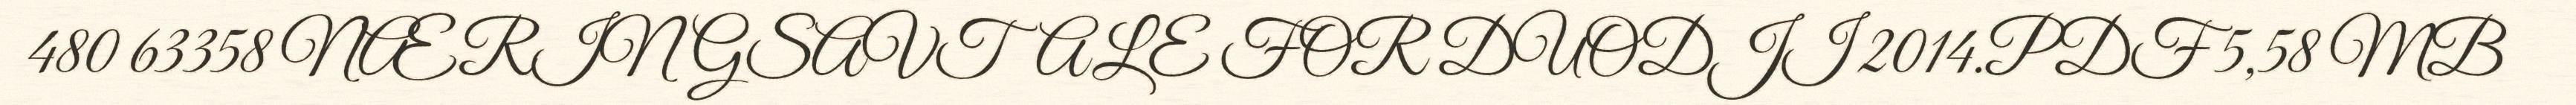
480 63358 NÆRINGSAVTALE FOR DUODJI 2014.PDF 5,58 MB